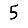
Digit: 5